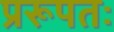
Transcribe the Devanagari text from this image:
प्ररूपतः